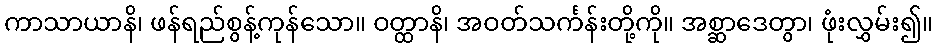
ကာသာယာနိ၊ ဖန်ရည်စွန့်ကုန်သော။ ဝတ္ထာနိ၊ အဝတ်သင်္ကန်းတို့ကို။ အစ္ဆာဒေတွာ၊ ဖုံးလွှမ်း၍။